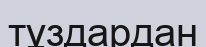
тұздардан